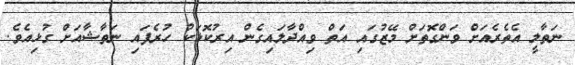
ނަތާލީ އެތެރެއަށް ވަންގޮތަށް މޭޒުގައި އަތް ވިއްދާލައިގެން އިރުކޮޅަކު ހުރެފައި ނަތާޝާއަށް ގުޅިއެވެ.